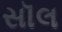
સૉલ